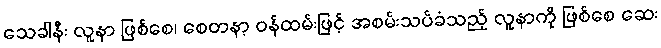
သေခါနီး လူနာ ဖြစ်စေ၊ စေတနာ့ ဝန်ထမ်းဖြင့် အစမ်းသပ်ခံသည့် လူနာကို ဖြစ်စေ ဆေး